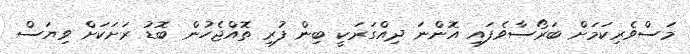
މަސްވެރިކަމަށް ބަރޯސާވެފައި އޮންނަ ދިއްގަރަކީ ބިން ފުރި ތޮއްޖެހުން ބޮޑު ރަށަކަށް ވިޔަސް